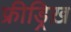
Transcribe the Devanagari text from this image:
फ्रीड्रिख़